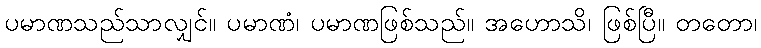
ပမာဏသည်သာလျှင်။ ပမာဏံ၊ ပမာဏဖြစ်သည်။ အဟောသိ၊ ဖြစ်ပြီ။ တတော၊